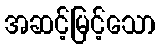
အဆင့်မြင့်သော